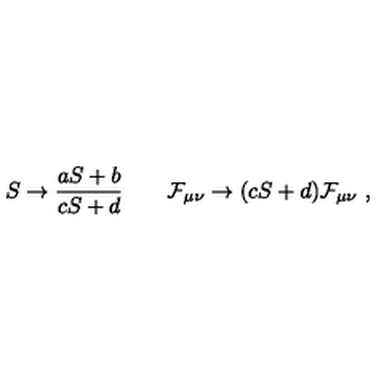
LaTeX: S \to { \frac { a S + b } { c S + d } } \qquad { \cal F } _ { \mu \nu } \to ( c S + d ) { \cal F } _ { \mu \nu } \ ,